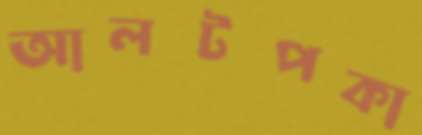
আলটপকা